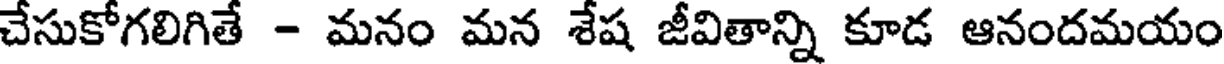
చేసుకోగలిగితే - మనం మన శేష జీవితాన్ని కూడ ఆనందమయం